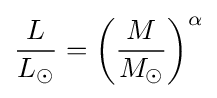
{\frac {L}{L_{\odot }}}=\left({\frac {M}{M_{\odot }}}\right)^{\alpha }